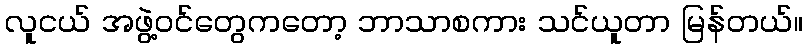
လူငယ် အဖွဲ့ဝင်တွေကတော့ ဘာသာစကား သင်ယူတာ မြန်တယ်။